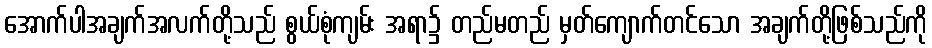
အောက်ပါအချက်အလက်တို့သည် စွယ်စုံကျမ်း အရာ၌ တည်မတည် မှတ်ကျောက်တင်သော အချက်တို့ဖြစ်သည်ကို